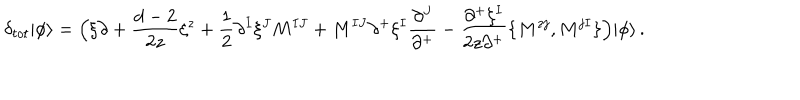
\delta _ { t o t } | \phi \rangle = \Bigl ( \xi \partial + \frac { d - 2 } { 2 z } \xi ^ { z } + \frac { 1 } { 2 } \partial ^ { I } \xi ^ { J } M ^ { I J } + M ^ { I J } \partial ^ { + } \xi ^ { I } \frac { \partial ^ { J } } { \partial ^ { + } } - \frac { \partial ^ { + } \xi ^ { I } } { 2 z \partial ^ { + } } \{ M ^ { z j } , M ^ { j I } \} \Bigr ) | \phi \rangle \, .